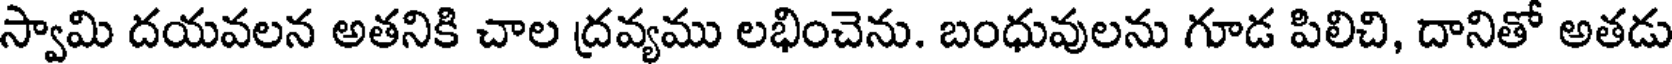
స్వామి దయవలన అతనికి చాల ద్రవ్యము లభించెను. బంధువులను గూడ పిలిచి, దానితో అతడు